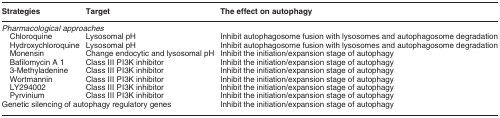
<table><thead><tr><td><b>Strategies</b></td><td><b>Target</b></td><td><b>The effect on autophagy</b></td></tr></thead><tbody><tr><td colspan="3"><i>Pharmacological approaches</i></td></tr><tr><td> Chloroquine</td><td>Lysosomal pH</td><td>Inhibit autophagosome fusion with lysosomes and autophagosome degradation</td></tr><tr><td> Hydroxychloroquine</td><td>Lysosomal pH</td><td>Inhibit autophagosome fusion with lysosomes and autophagosome degradation</td></tr><tr><td> Monensin</td><td>Change endocytic and lysosomal pH</td><td>Inhibit the initiation/expansion stage of autophagy</td></tr><tr><td> Bafilomycin A 1</td><td>Class III PI3K inhibitor</td><td>Inhibit the initiation/expansion stage of autophagy</td></tr><tr><td> 3-Methyladenine</td><td>Class III PI3K inhibitor</td><td>Inhibit the initiation/expansion stage of autophagy</td></tr><tr><td> Wortmannin</td><td>Class III PI3K inhibitor</td><td>Inhibit the initiation/expansion stage of autophagy</td></tr><tr><td> LY294002</td><td>Class III PI3K inhibitor</td><td>Inhibit the initiation/expansion stage of autophagy</td></tr><tr><td> Pyrvinium</td><td>Class III PI3K inhibitor</td><td>Inhibit the initiation/expansion stage of autophagy</td></tr><tr><td colspan="2">Genetic silencing of autophagy regulatory genes</td><td>Inhibit the initiation/expansion stage of autophagy</td></tr></tbody></table>